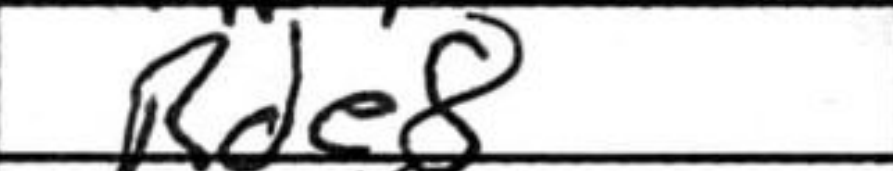
Transcription: Rde8